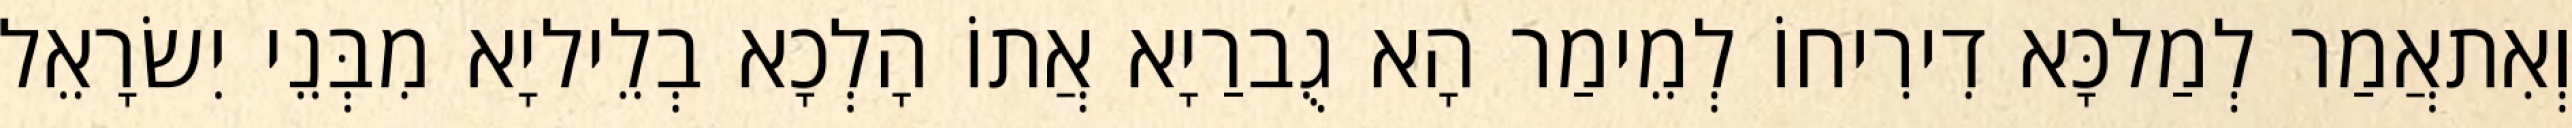
וְאִתאֲמַר לְמַלכָּא דִירִיחוֹ לְמֵימַר הָא גֻברַיָא אֲתוֹ הָלְכָא בְלֵיליָא מִבְּנֵי יִשׂרָאֵל